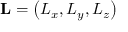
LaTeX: \mathbf { L } = \left( L _ { x } , L _ { y } , L _ { z } \right)